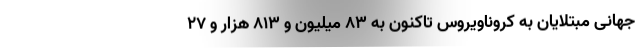
جهانیِ مبتلایان به کروناویروس تاکنون به ۸۳ میلیون و ۸۱۳ هزار و ۲۷